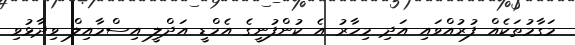
މަގާމުތަކެއް ފުރުއްވައި އަދި މިހާރު އެ ކުންފުނީގެ އެމްޑީ އަދްލީ އިސްމާއިލް ވިދާޅުވި